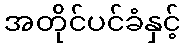
အတိုင်ပင်ခံနှင့်